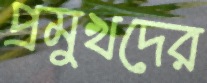
প্রমুখদের